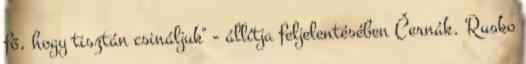
fő, hogy tisztán csináljuk" - állítja feljelentésében Černák. Rusko